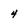
Character: 4